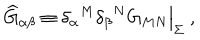
{ \widehat G } _ { \alpha \beta } \equiv { \delta _ { \alpha } } ^ { M } { \delta _ { \beta } } ^ { N } G _ { M N } \Big | _ { \Sigma } ~ ,